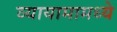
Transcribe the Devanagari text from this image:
व्यायामामध्ये